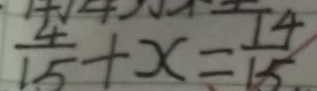
\frac { 4 } { 1 5 } + x = \frac { 1 4 } { 1 5 }